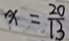
x = \frac { 2 0 } { 1 3 }